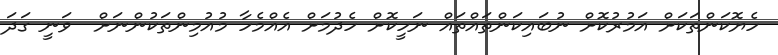
ހެޔޮކަންތަކަށް އަމުރުކޮށް ނުބައިކަންތައްތައް ނަހީކޮށް ހެދުމަށް އެއްމެހާ މުއުމިންތަކުންނަށް  ވަނީ ގަދަ